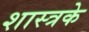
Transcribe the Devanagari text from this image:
शास्त्रके